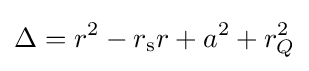
\Delta =r^{2}-r_{\text{s}}r+a^{2}+r_{Q}^{2}